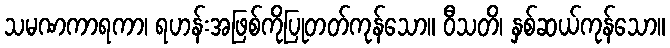
သမဏကာရကာ၊ ရဟန်းအဖြစ်ကိုပြုတတ်ကုန်သော။ ဝီသတိ၊ နှစ်ဆယ်ကုန်သော။